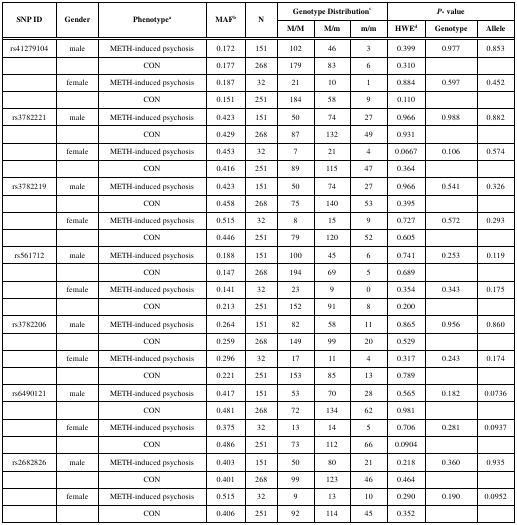
<table><thead><tr><td rowspan="2"><b>SNP ID</b></td><td rowspan="2"><b>Gender</b></td><td rowspan="2"><b>Phenotypea</b></td><td rowspan="2"><b>MAF b</b></td><td rowspan="2"><b>N</b></td><td colspan="3"><b>Genotype Distribution c</b></td><td colspan="3"><b>P-Value</b></td></tr><tr><td><b>M/M</b></td><td><b>M/m</b></td><td><b>m/m</b></td><td><b>HWE d</b></td><td><b>Genotype</b></td><td><b>Allele</b></td></tr></thead><tbody><tr><td>rs41279104</td><td>male</td><td>METH-induced psychosis</td><td>0.172 </td><td>151</td><td>102</td><td>46</td><td>3</td><td>0.399</td><td>0.977</td><td>0.853</td></tr><tr><td></td><td></td><td>CON</td><td>0.177 </td><td>268</td><td>179</td><td>83</td><td>6</td><td>0.310 </td><td></td><td></td></tr><tr><td></td><td>female</td><td>METH-induced psychosis</td><td>0.187 </td><td>32</td><td>21</td><td>10</td><td>1</td><td>0.884</td><td>0.597</td><td>0.452</td></tr><tr><td></td><td></td><td>CON</td><td>0.151 </td><td>251</td><td>184</td><td>58</td><td>9</td><td>0.110 </td><td></td><td></td></tr><tr><td>rs3782221</td><td>male</td><td>METH-induced psychosis</td><td>0.423 </td><td>151</td><td>50</td><td>74</td><td>27</td><td>0.966</td><td>0.988</td><td>0.882</td></tr><tr><td></td><td></td><td>CON</td><td>0.429 </td><td>268</td><td>87</td><td>132</td><td>49</td><td>0.931</td><td></td><td></td></tr><tr><td></td><td>female</td><td>METH-induced psychosis</td><td>0.453 </td><td>32</td><td>7</td><td>21</td><td>4</td><td>0.0667</td><td>0.106</td><td>0.574</td></tr><tr><td></td><td></td><td>CON</td><td>0.416 </td><td>251</td><td>89</td><td>115</td><td>47</td><td>0.364</td><td></td><td></td></tr><tr><td>rs3782219</td><td>male</td><td>METH-induced psychosis</td><td>0.423 </td><td>151</td><td>50</td><td>74</td><td>27</td><td>0.966</td><td>0.541</td><td>0.326</td></tr><tr><td></td><td></td><td>CON</td><td>0.458 </td><td>268</td><td>75</td><td>140</td><td>53</td><td>0.395</td><td></td><td></td></tr><tr><td></td><td>female</td><td>METH-induced psychosis</td><td>0.515 </td><td>32</td><td>8</td><td>15</td><td>9</td><td>0.727</td><td>0.572</td><td>0.293</td></tr><tr><td></td><td></td><td>CON</td><td>0.446 </td><td>251</td><td>79</td><td>120</td><td>52</td><td>0.605</td><td></td><td></td></tr><tr><td>rs561712</td><td>male</td><td>METH-induced psychosis</td><td>0.188 </td><td>151</td><td>100</td><td>45</td><td>6</td><td>0.741</td><td>0.253</td><td>0.119</td></tr><tr><td></td><td></td><td>CON</td><td>0.147 </td><td>268</td><td>194</td><td>69</td><td>5</td><td>0.689</td><td></td><td></td></tr><tr><td></td><td>female</td><td>METH-induced psychosis</td><td>0.141 </td><td>32</td><td>23</td><td>9</td><td>0</td><td>0.354</td><td>0.343</td><td>0.175</td></tr><tr><td></td><td></td><td>CON</td><td>0.213 </td><td>251</td><td>152</td><td>91</td><td>8</td><td>0.200 </td><td></td><td></td></tr><tr><td>rs3782206</td><td>male</td><td>METH-induced psychosis</td><td>0.264 </td><td>151</td><td>82</td><td>58</td><td>11</td><td>0.865</td><td>0.956</td><td>0.860 </td></tr><tr><td></td><td></td><td>CON</td><td>0.259 </td><td>268</td><td>149</td><td>99</td><td>20</td><td>0.529</td><td></td><td></td></tr><tr><td></td><td>female</td><td>METH-induced psychosis</td><td>0.296 </td><td>32</td><td>17</td><td>11</td><td>4</td><td>0.317</td><td>0.243</td><td>0.174</td></tr><tr><td></td><td></td><td>CON</td><td>0.221 </td><td>251</td><td>153</td><td>85</td><td>13</td><td>0.789</td><td></td><td></td></tr><tr><td>rs6490121</td><td>male</td><td>METH-induced psychosis</td><td>0.417 </td><td>151</td><td>53</td><td>70</td><td>28</td><td>0.565</td><td>0.182</td><td>0.0736</td></tr><tr><td></td><td></td><td>CON</td><td>0.481 </td><td>268</td><td>72</td><td>134</td><td>62</td><td>0.981</td><td></td><td></td></tr><tr><td></td><td>female</td><td>METH-induced psychosis</td><td>0.375 </td><td>32</td><td>13</td><td>14</td><td>5</td><td>0.706</td><td>0.281</td><td>0.0937</td></tr><tr><td></td><td></td><td>CON</td><td>0.486 </td><td>251</td><td>73</td><td>112</td><td>66</td><td>0.0904</td><td></td><td></td></tr><tr><td>rs2682826</td><td>male</td><td>METH-induced psychosis</td><td>0.403 </td><td>151</td><td>50</td><td>80</td><td>21</td><td>0.218</td><td>0.360 </td><td>0.935</td></tr><tr><td></td><td></td><td>CON</td><td>0.401 </td><td>268</td><td>99</td><td>123</td><td>46</td><td>0.464</td><td></td><td></td></tr><tr><td></td><td>female</td><td>METH-induced psychosis</td><td>0.515 </td><td>32</td><td>9</td><td>13</td><td>10</td><td>0.290 </td><td>0.190 </td><td>0.0952</td></tr><tr><td></td><td></td><td>CON</td><td>0.406 </td><td>251</td><td>92</td><td>114</td><td>45</td><td>0.352</td><td></td><td></td></tr></tbody></table>